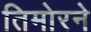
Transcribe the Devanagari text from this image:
तिमोरने